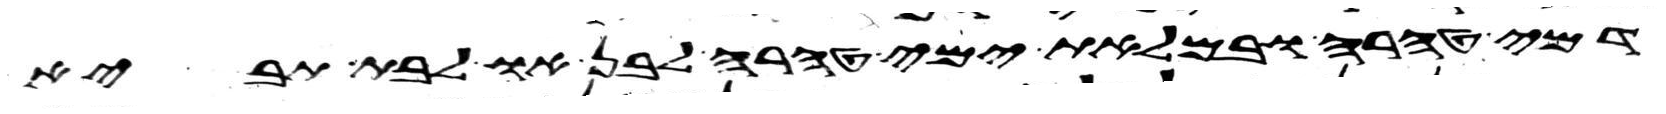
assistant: דמי טהרה ובמלאת ימי טהרה לבן או לבת תביא